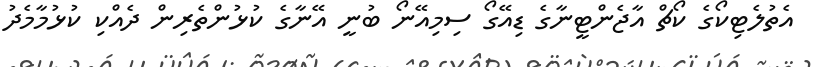
އެތުލެޓިކޯގެ ކޯޗް އާޖެންޓީނާގެ ޑިއޭގޯ ސިމިއޭނޯ ބުނީ އޭނާގެ ކުޅުންތެރިން ދެއްކި ކުޅުމާމެދު